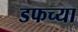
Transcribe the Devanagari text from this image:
डफच्या